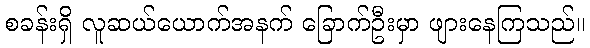
စခန်းရှိ လူဆယ်ယောက်အနက် ခြောက်ဦးမှာ ဖျားနေကြသည်။